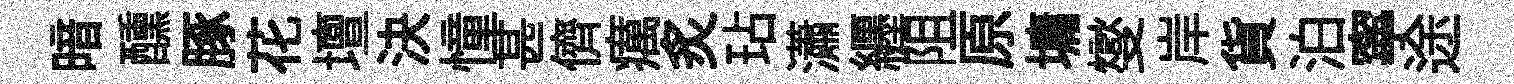
暗醺䐁花壇決憧甚儕癘炙玷瀟纒阻原墉燮岸貨泊寧途